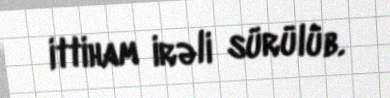
ittiham irəli sürülüb.